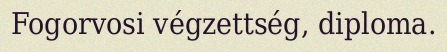
Fogorvosi végzettség, diploma.